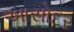
આસોદર